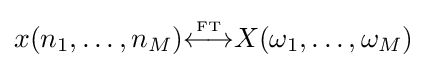
x(n_{1},\ldots ,n_{M}){\overset {\underset {\mathrm {FT} }{}}{\longleftrightarrow }}X(\omega _{1},\ldots ,\omega _{M})